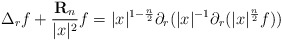
\begin{align*}\Delta_r f + \frac{\mathbf{R}_{n}}{|x|^2} f = |x|^{1-\frac{n}{2}} \partial_r(|x|^{-1}\partial_r(|x|^{\frac{n}{2}}f))\end{align*}